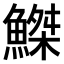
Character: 𫙮